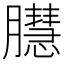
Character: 𦢔